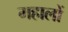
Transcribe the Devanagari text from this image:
महालों